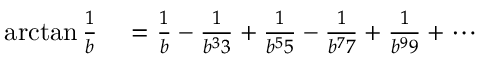
\begin{array} { r l } { \arctan { \frac { 1 } { b } } } & { { } = { \frac { 1 } { b } } - { \frac { 1 } { b ^ { 3 } 3 } } + { \frac { 1 } { b ^ { 5 } 5 } } - { \frac { 1 } { b ^ { 7 } 7 } } + { \frac { 1 } { b ^ { 9 } 9 } } + \cdots } \end{array}